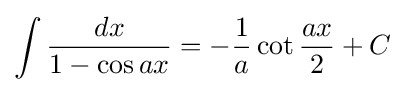
\int {\frac {dx}{1-\cos ax}}=-{\frac {1}{a}}\cot {\frac {ax}{2}}+C